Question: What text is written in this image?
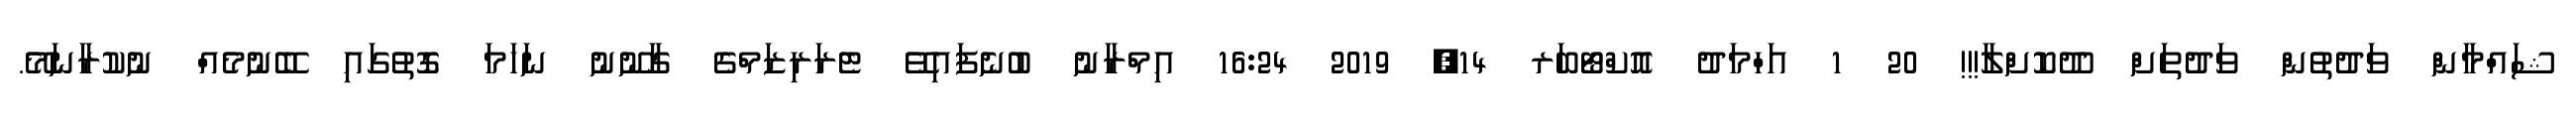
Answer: ޝައްމާން ވަދުތުން ވަދުތަށް ދޫކޮށްލާ!!! 20 1 އަހްމަދު އޮކްޓޯބަރ 14, 2019 16:24 އިމްރާނު ބުނެފައިވޭ ޓެރަރިޒަމްގެ ގާނޫނު ނަހަމަ ގޮތުގައި ބޭނުމެއް ނުކުރާނަމޭ.